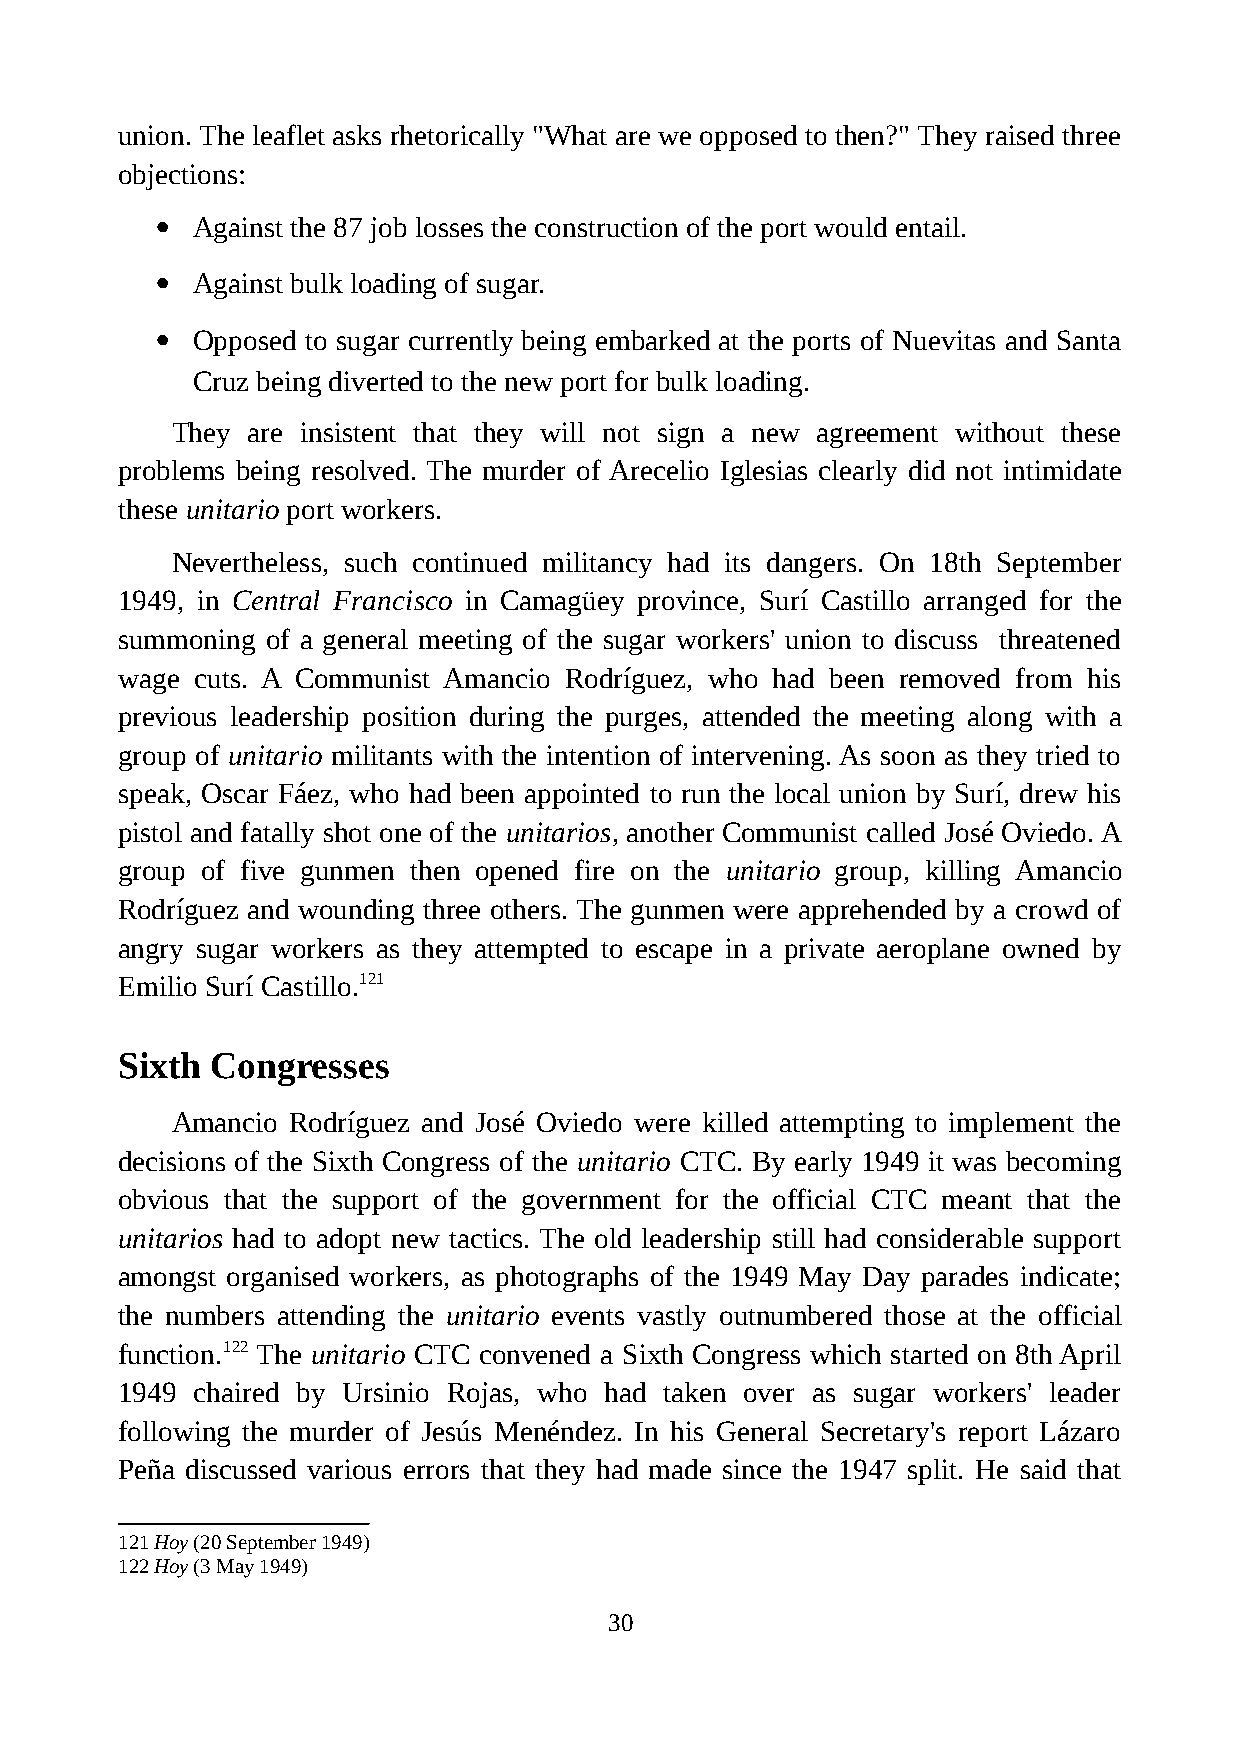
union. The leaflet asks rhetorically "What are we opposed to then?" They raised three
 objections:
   Against the 87 job losses the construction of the port would entail.
   Against bulk loading of sugar.
   Opposed to sugar currently being embarked at the ports of Nuevitas and Santa
 Cruz being diverted to the new port for bulk loading.
 They are insistent that they will not sign a new agreement without these
 problems being resolved. The murder of Arecelio Iglesias clearly did not intimidate
 these unitario port workers.
 Nevertheless, such continued militancy had its dangers. On 18th September
 1949, in Central Francisco in Camagüey province, Surí Castillo arranged for the
 summoning of a general meeting of the sugar workers' union to discuss threatened
 wage cuts. A Communist Amancio Rodríguez, who had been removed from his
 previous leadership position during the purges, attended the meeting along with a
 group of unitario militants with the intention of intervening. As soon as they tried to
 speak, Oscar Fáez, who had been appointed to run the local union by Surí, drew his
 pistol and fatally shot one of the unitarios, another Communist called José Oviedo. A
 group of five gunmen then opened fire on the unitario group, killing Amancio
 Rodríguez and wounding three others. The gunmen were apprehended by a crowd of
 angry sugar workers as they attempted to escape in a private aeroplane owned by
 Emilio Surí Castillo.121
 Sixth Congresses
 Amancio Rodríguez and José Oviedo were killed attempting to implement the
 decisions of the Sixth Congress of the unitario CTC. By early 1949 it was becoming
 obvious that the support of the government for the official CTC meant that the
 unitarios had to adopt new tactics. The old leadership still had considerable support
 amongst organised workers, as photographs of the 1949 May Day parades indicate;
 the numbers attending the unitario events vastly outnumbered those at the official
 function.122 The unitario CTC convened a Sixth Congress which started on 8th April
 1949 chaired by Ursinio Rojas, who had taken over as sugar workers' leader
 following the murder of Jesús Menéndez. In his General Secretary's report Lázaro
 Peña discussed various errors that they had made since the 1947 split. He said that
 121Hoy (20 September 1949)
 122Hoy (3 May 1949)
 30